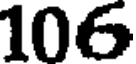
106